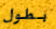
بطول